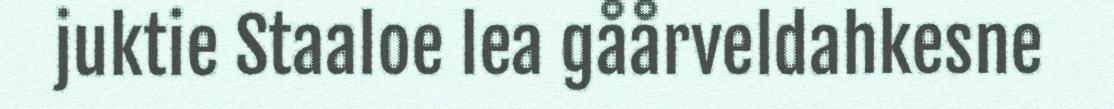
juktie Staaloe lea gåårveldahkesne